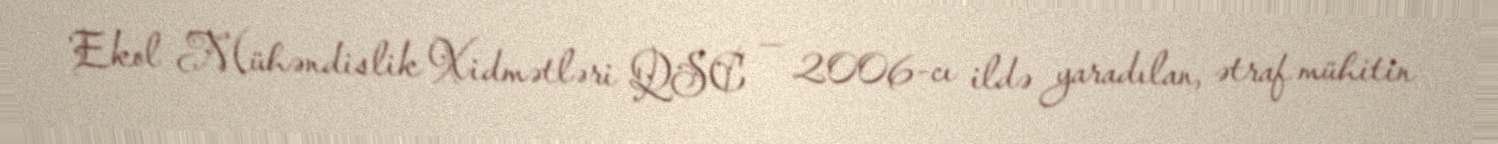
Ekol Mühəndislik Xidmətləri QSC — 2006-cı ildə yaradılan, ətraf mühitin